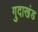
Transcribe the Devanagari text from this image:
गुदाखंड